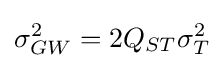
\sigma _{GW}^{2}=2Q_{ST}\sigma _{T}^{2}